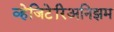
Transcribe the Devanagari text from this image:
व्हेजिटेरिअनिझम